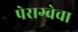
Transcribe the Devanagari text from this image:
पेराग्वेचा